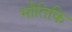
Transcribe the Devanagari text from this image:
भौतिकि